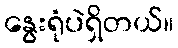
နွေးရုံပဲရှိတယ်။